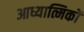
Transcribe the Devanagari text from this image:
आध्यात्मिकों